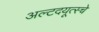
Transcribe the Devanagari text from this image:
अल्टदयूत्स्चे